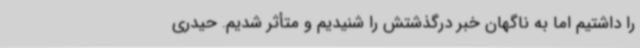
را داشتیم اما به ناگهان خبر درگذشتش را شنیدیم و متأثر شدیم. حیدری